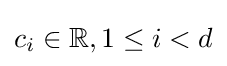
c_{i}\in \mathbb {R} ,1\leq i<d